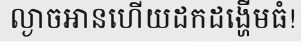
ល្ងាចអានហើយដកដង្ហើមធំ!